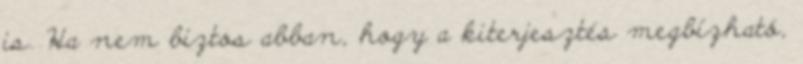
is. Ha nem biztos abban, hogy a kiterjesztés megbízható,